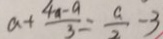
a + \frac { 4 a - a } { 3 } = \frac { a } { 2 } - 3